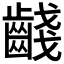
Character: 𪘪